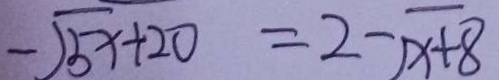
- \sqrt { 5 x } + 2 0 = 2 - \sqrt { x + 8 }